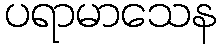
ပရာမာသေန